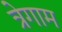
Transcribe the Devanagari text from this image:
त्रेगाम